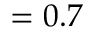
= 0 . 7